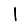
Digit: 1